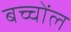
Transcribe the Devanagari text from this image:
बच्चोंल